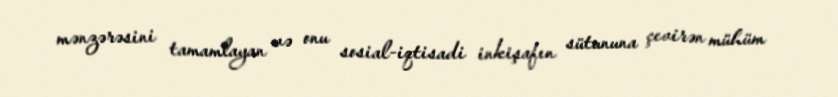
mənzərəsini tamamlayan və onu sosial-iqtisadi inkişafın sütununa çevirən mühüm